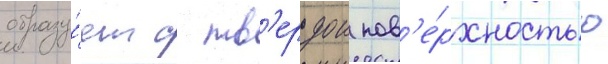
образу́ет с тв'ердои пов'е́рхностью